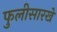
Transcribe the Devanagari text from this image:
फुलीसारखे